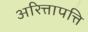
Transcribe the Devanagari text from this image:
अरित्तापत्ति